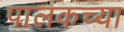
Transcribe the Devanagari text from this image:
पालकच्या